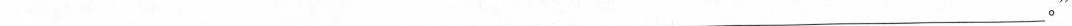
___。”